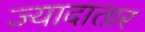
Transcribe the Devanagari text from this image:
ज्‍यादातार